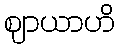
ဈာယာဟိ